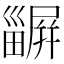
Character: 𤳫